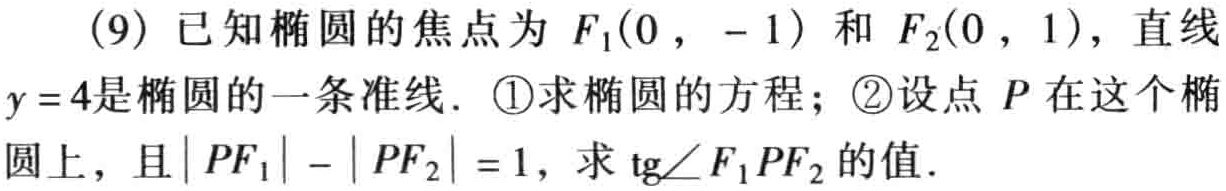
(9) 已知椭圆的焦点为 \(F_1(0,-1)\) 和 \(F_2(0,1)\)，直线 \(y = 4\)是椭圆的一条准线. \textcircled{1}求椭圆的方程；\textcircled{2}设点 \(P\) 在这个椭圆上，且\(\vert PF_1\vert-\vert PF_2\vert = 1\)，求 \(\mathrm{tg}\angle F_1PF_2\) 的值.